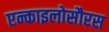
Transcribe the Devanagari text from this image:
एन्काइलोसौरस